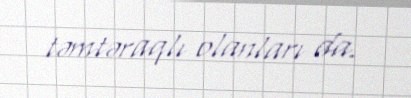
təmtəraqlı olanları da.